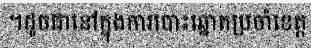
។ដូចជានៅក្នុងការបោះឆ្នោតប្រចាំខេត្ត